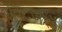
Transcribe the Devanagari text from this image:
सेक्टजरों